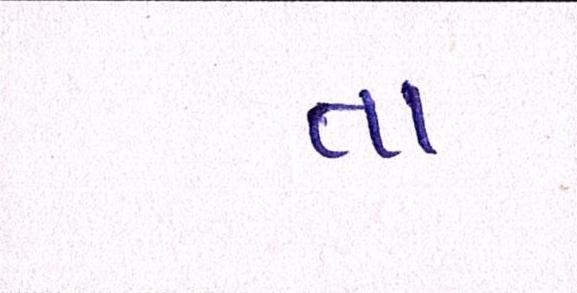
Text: તા